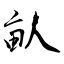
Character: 畒